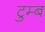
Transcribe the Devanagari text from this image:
टुम्ब